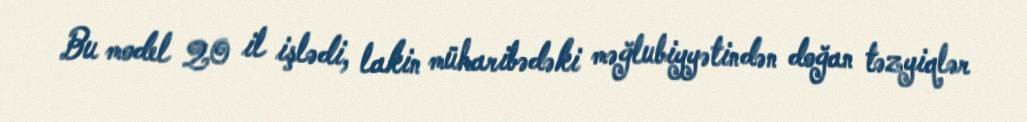
Bu model 20 il işlədi, lakin müharibədəki məğlubiyyətindən doğan təzyiqlər